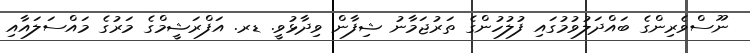
ނޫސްވެރިންގެ ބައްދަލުވުމުގައި ފުލުހުންގެ ތަރުޖަމާނު ޝިފާން ވިދާޅުވީ. ޑރ. އަފްރަޝީމްގެ މަރުގެ މައްސަލައާއި